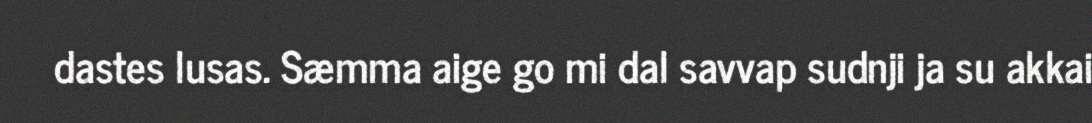
dastes lusas. Sæmma aige go mi dal savvap sudnji ja su akkai